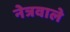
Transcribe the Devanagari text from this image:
नेत्रवाले